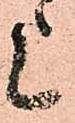
上